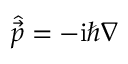
\widehat { \vec { p } } = - \mathrm { i } \hbar \boldsymbol { \nabla }